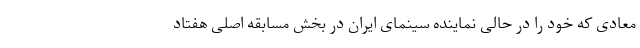
معادی که خود را در حالی نماینده سینمای ایران در بخش مسابقه اصلی هفتاد